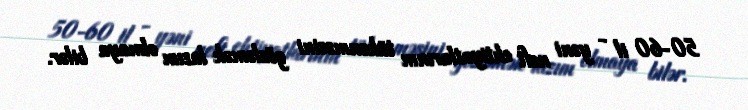
50-60 il - yəni neft ehtiyatlarının tükənməsini gözləmək lazım olmaya bilər.